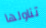
تناولها